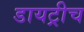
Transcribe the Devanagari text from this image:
डायट्रीच